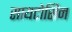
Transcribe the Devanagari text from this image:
सायटोसिन